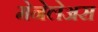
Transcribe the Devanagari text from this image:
मेनेलेअस